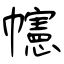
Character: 幰